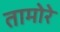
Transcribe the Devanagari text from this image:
तामोरे